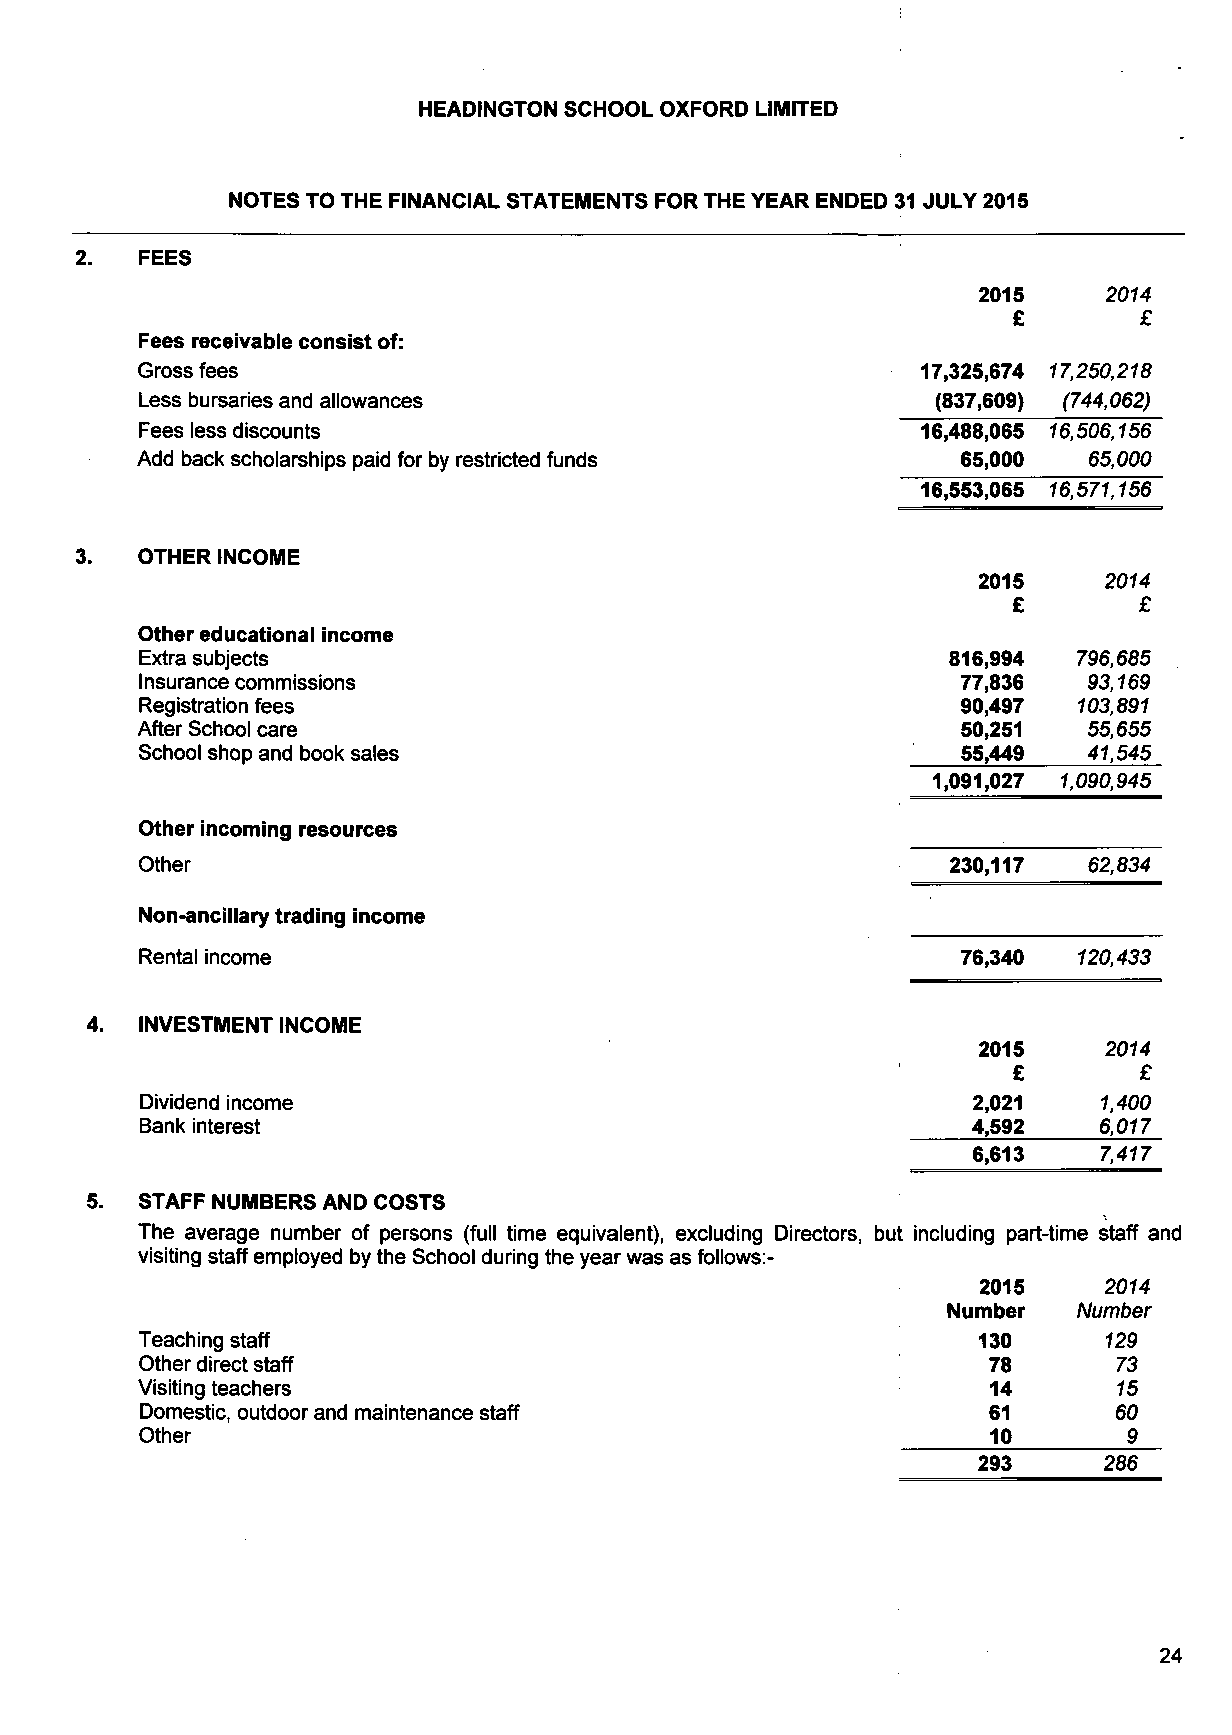
HEADINGTON SCHOOL OXFORD LIMITED
 NOTES TO THE FINANCIAL STATEMENTS FOR THE YEAR ENDED 31 JULY 2015
 FEES
 2015    2074
 £       £
 Fees receivable consist of:
 Gross fees                                          17,325,674 17,250,218
 Less bursaries and allowances                        (837,609) (744,062)
 Fees less discounts                                 16,488,065 16,506,156
 Add back scholarships paid for by restricted funds     65,000  65,000
 16,553,065 16,571,156
 OTHER INCOME
 2015    2014
 £       £
 Other educational income
 Extra subjects                                        816,994 796,685
 Insurance commissions                                  77,836  93,169
 Registration fees                                      90,497 103,891
 After School care                                      50,251  55,655
 School shop and book sales                             55,449  41,545
 1,091,027 1,090,945
 Other incoming resources
 Other                                                 230,117  62,834
 Non-ancillary trading income
 Rental income                                          76,340 120,433
 4. INVESTMENT INCOME
 2015    2074
 £       £
 Dividend income                                        2,021    7,400
 Bank interest                                          4,592    6,077
 6,613    7,477
 5. STAFF NUMBERS AND COSTS
 The average number of persons (full time equivalent), excluding Directors, but including part-time staff and
 visiting staff employed by the School during the year was as follows:-
 2015    2074
 Number  Number
 Teaching staff                                          130     729
 Other direct staff                                      78       73
 Visiting teachers                                        14      75
 Domestic, outdoor and maintenance staff                 61       60
 Other                                                    10       9_
 293     286
 24